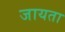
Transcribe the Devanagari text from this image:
जायता